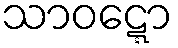
သာဝဋ္ဋော